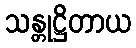
သန္တုဋ္ဌိတာယ